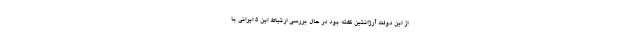
از این دولت آرژانتین گفته بود در حال بررسی ارتباط این 5 ایرانی با